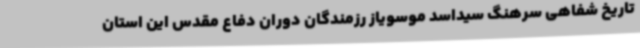
تاریخ شفاهی سرهنگ سیداسد موسویاز رزمندگان دوران دفاع مقدس این استان